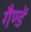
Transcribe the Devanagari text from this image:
गैण्डें